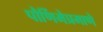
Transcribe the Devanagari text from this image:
पौर्णिमेप्रमाणे